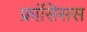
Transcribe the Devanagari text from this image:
फ्रांसिसस